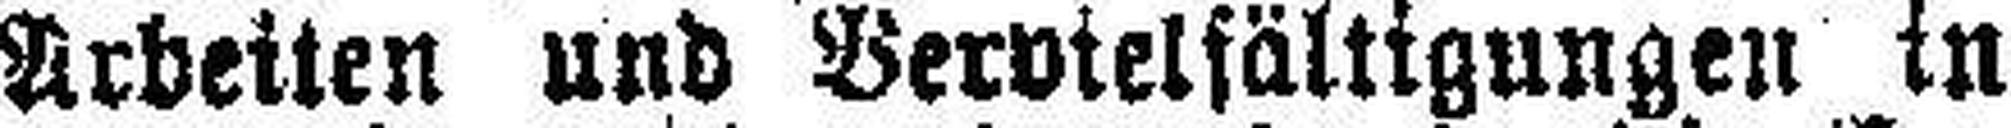
Arbeiten und Vervielfältigungen in